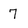
Character: 7